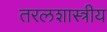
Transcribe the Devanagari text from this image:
तरलशास्त्रीय